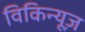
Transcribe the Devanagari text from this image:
विकिन्यूज़